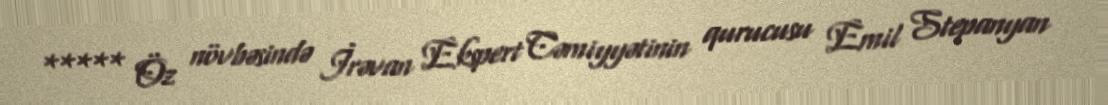
***** Öz növbəsində İrəvan Ekspert Cəmiyyətinin qurucusu Emil Stepanyan